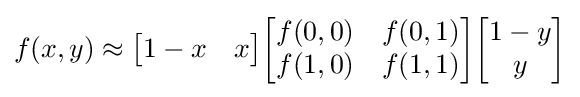
f(x,y)\approx {\begin{bmatrix}1-x&x\end{bmatrix}}{\begin{bmatrix}f(0,0)&f(0,1)\\f(1,0)&f(1,1)\end{bmatrix}}{\begin{bmatrix}1-y\\y\end{bmatrix}}